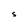
Character: S